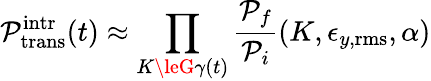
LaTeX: \mathcal{P}_{\mathrm{{trans}}}^{\mathrm{{intr}}}(t)\approx\prod_{K\leG\gamma(t)}\frac{{\mathcal{P}_{f}}}{{\mathcal{P}_{i}}}(K,\epsilon_{y,\mathrm{{rms}}},\alpha)